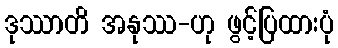
ဒုဿာတိ အနုဿ-ဟု ဖွင့်ပြထားပုံ